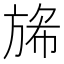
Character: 𭤺